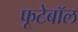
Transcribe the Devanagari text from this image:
फूटेबॉल